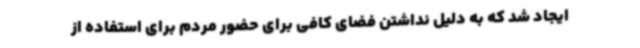
ایجاد شد که به دلیل نداشتن فضای کافی برای حضور مردم برای استفاده از